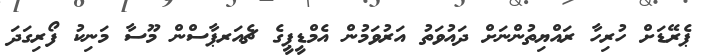
ޕެރޭޑަށް ހުރިހާ ރައްޔިތުންނަށް ދައުވަތު އަރުވަމުން އެމްޑީޕީގެ ޗެއަރޕާސްން މޫސާ މަނިކު ފޯރިގަދަ